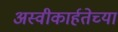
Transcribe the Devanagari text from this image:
अस्वीकार्हतेच्या